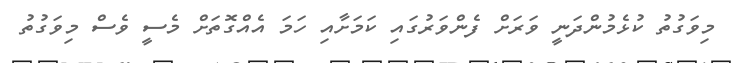
މިވަގުތު ކުޅެމުންދަނީ ވަރަށް ފެންވަރުގައި ކަމަށާއި ހަމަ އެއްގޮތަށް މެސީ ވެސް މިވަގުތު